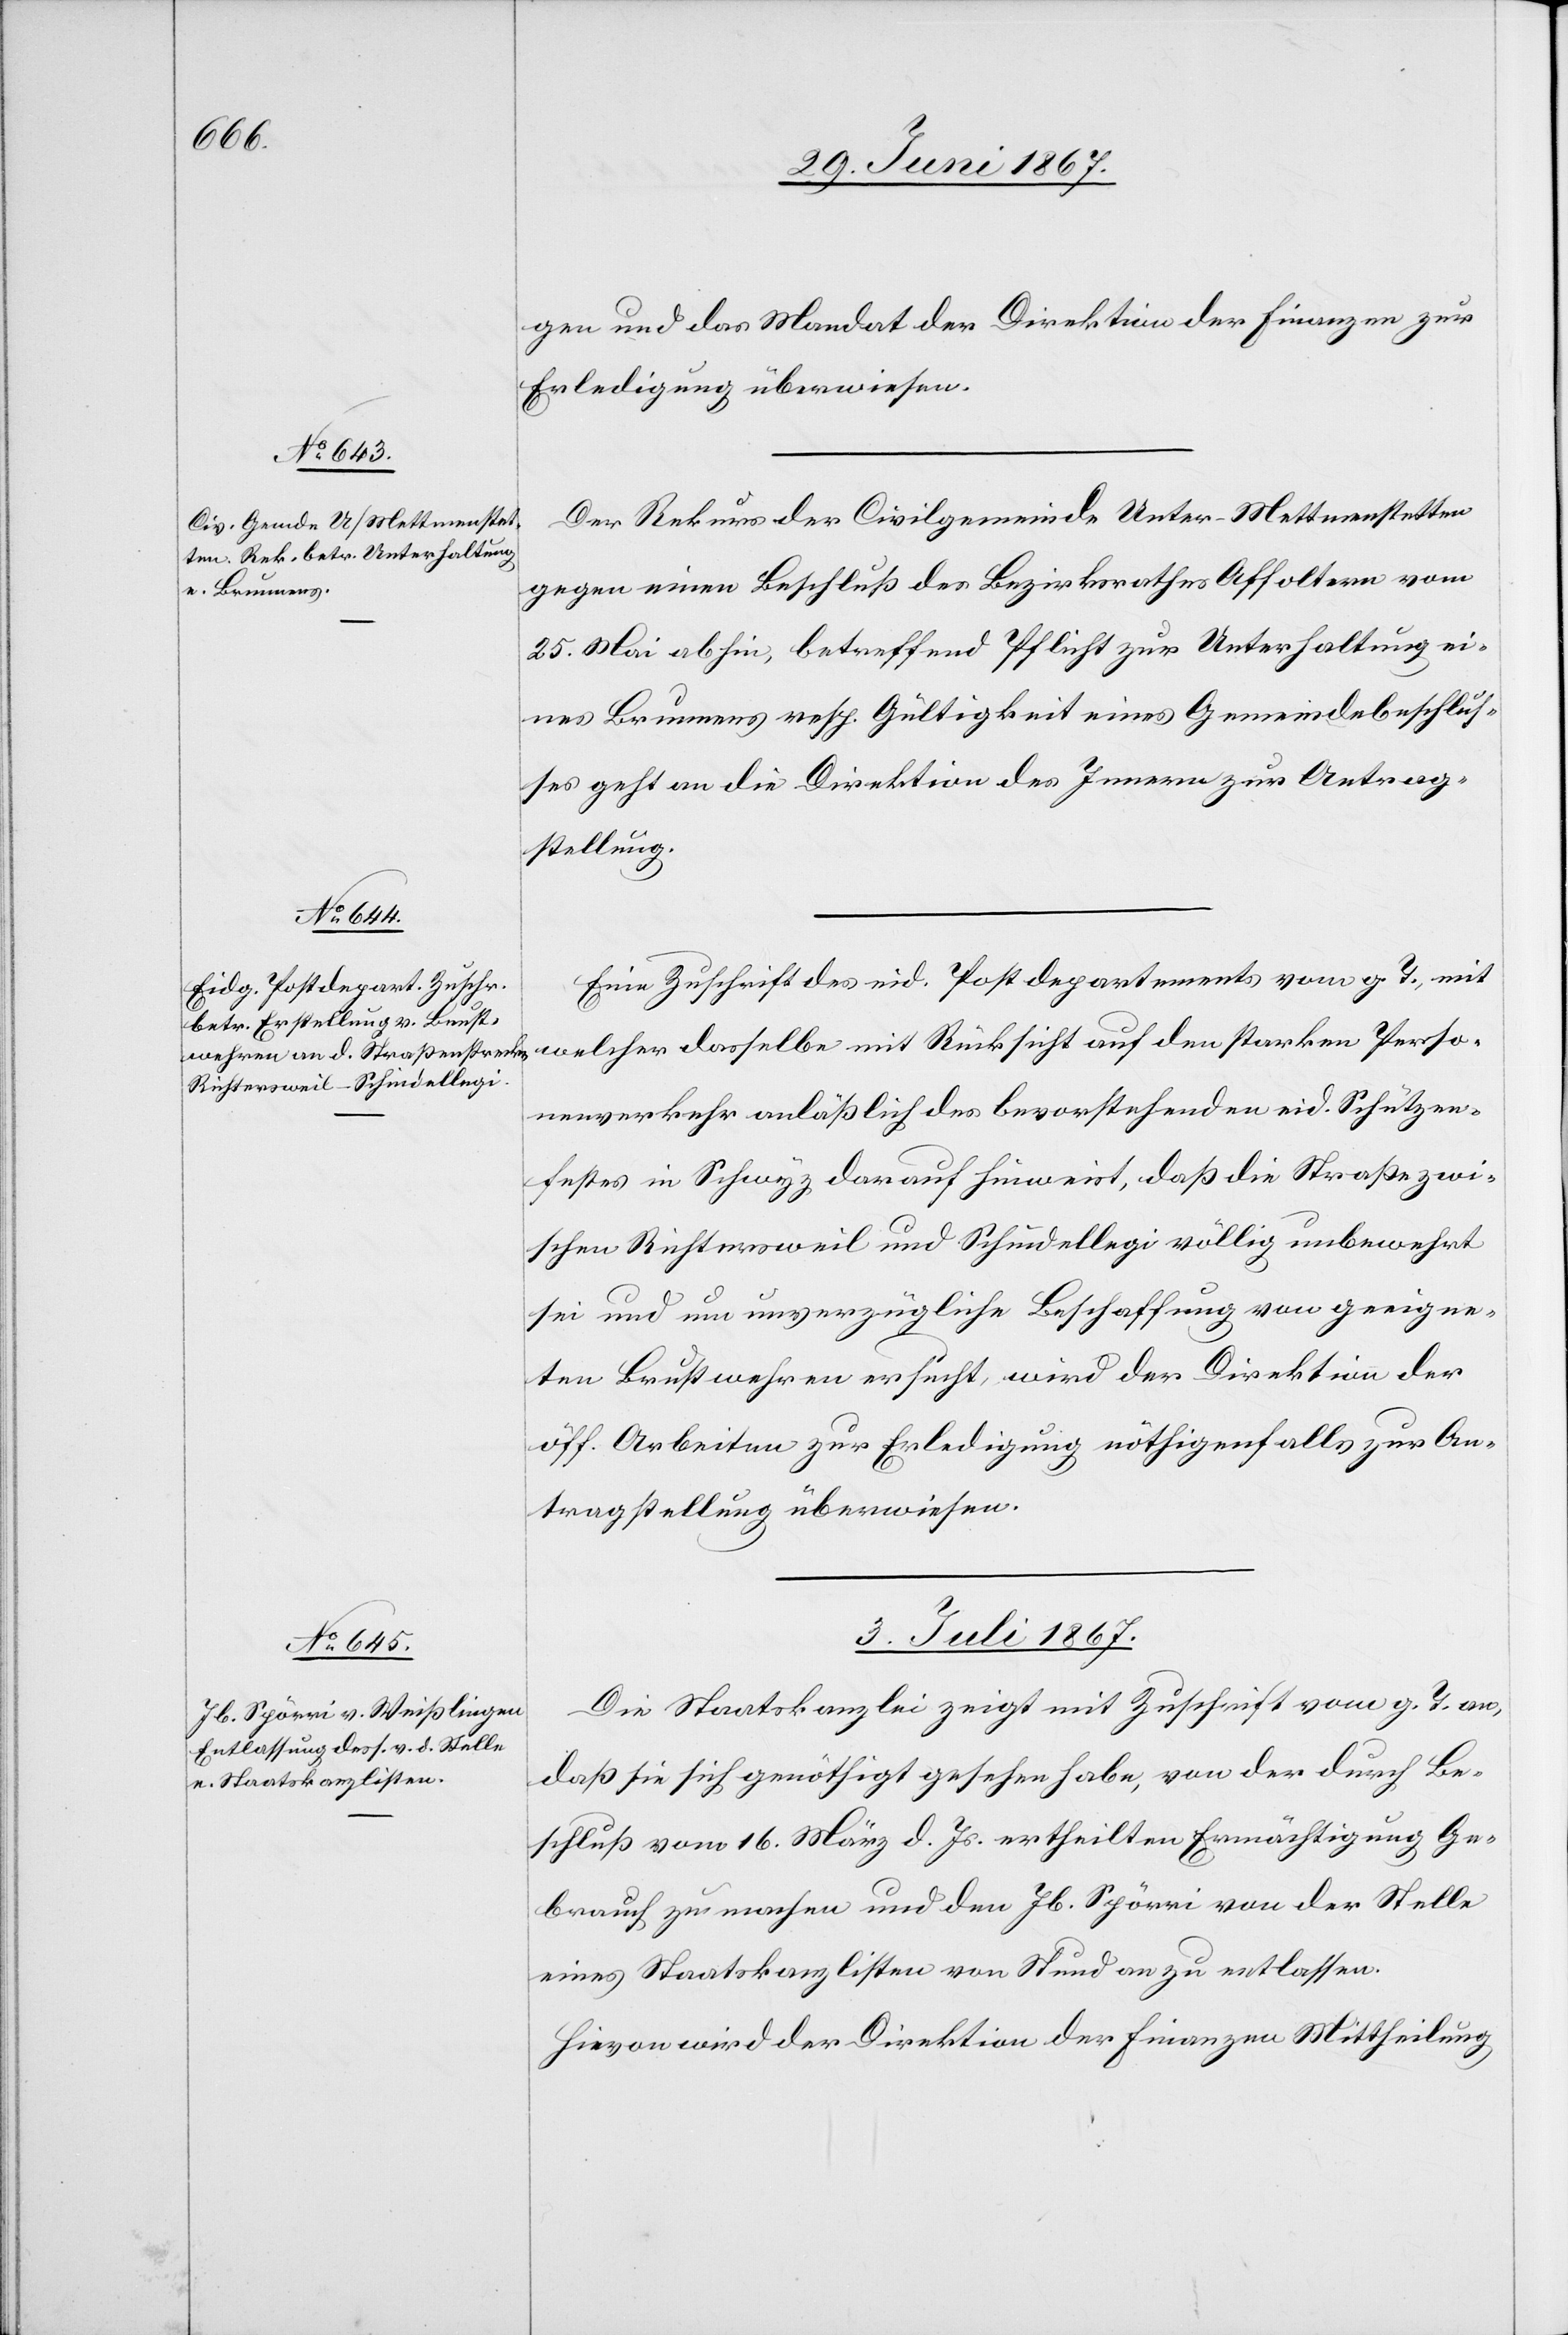
Perso¬
gen und das Mandat der Direktion der Finanzen zur
Erledigung überwiesen.
Der Rekurs der Civilgemeinde Unter-Mettmenstetten
gegen einen Beschluß des Bezirksrathes Affoltern vom
25. Mai abhin, betreffend Pflicht zur Unterhaltung ei¬
nes Brunnens resp. Gültigkeit eines Gemeindebeschlus¬
ses geht an die Direktion des Innern zur Antrag¬
stellung.
Eine Zuschrift des eid. Postdepartements vom g. T., mit
nenverkehr anläßlich des bevorstehenden eid. Schützen¬
festes in Schwyz darauf hinweist, daß die Straße zwi¬
schen Richtersweil und Schindellegi völlig unbewehrt
sei und um unverzügliche Beschaffung von geeigne¬
ten Brustwehren ersucht, wird der Direktion der
öff. Arbeiten zur Erledigung nöthigenfalls zur An¬
tragstellung überwiesen.
3. Juli 1867.
Die Staatskanzlei zeigt mit Zuschrift vom g. T. an,
daß sie sich genöthigt gesehen habe, von der durch Be¬
schluß vom 16. März d. Js. ertheilten Ermächtigung Ge¬
brauch zu machen und den Jb. Spörri von der Stelle
eines Staatskanzlisten von Stund an zu entlassen.
Hievon wird der Direktion der Finanzen Mittheilung